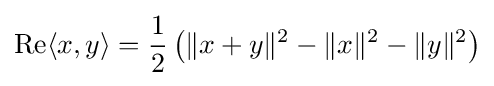
\operatorname {Re} \langle x,y\rangle ={\frac {1}{2}}\left(\|x+y\|^{2}-\|x\|^{2}-\|y\|^{2}\right)